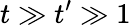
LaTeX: t\gg t^{\prime}\gg 1